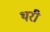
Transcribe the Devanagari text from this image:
थरी